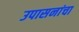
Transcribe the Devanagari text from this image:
उपासनांचा